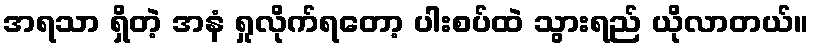
အရသာ ရှိတဲ့ အနံ ရှုလိုက်ရတော့ ပါးစပ်ထဲ သွားရည် ယိုလာတယ်။